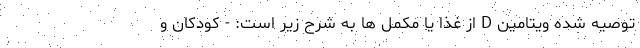
توصیه شده ویتامین D از غذا یا مکمل ها به شرح زیر است: - کودکان و